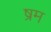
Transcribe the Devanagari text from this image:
ष्रम